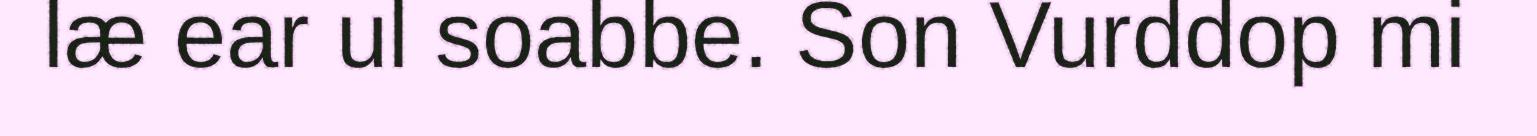
læ ear ul soabbe. Son Vurddop mi